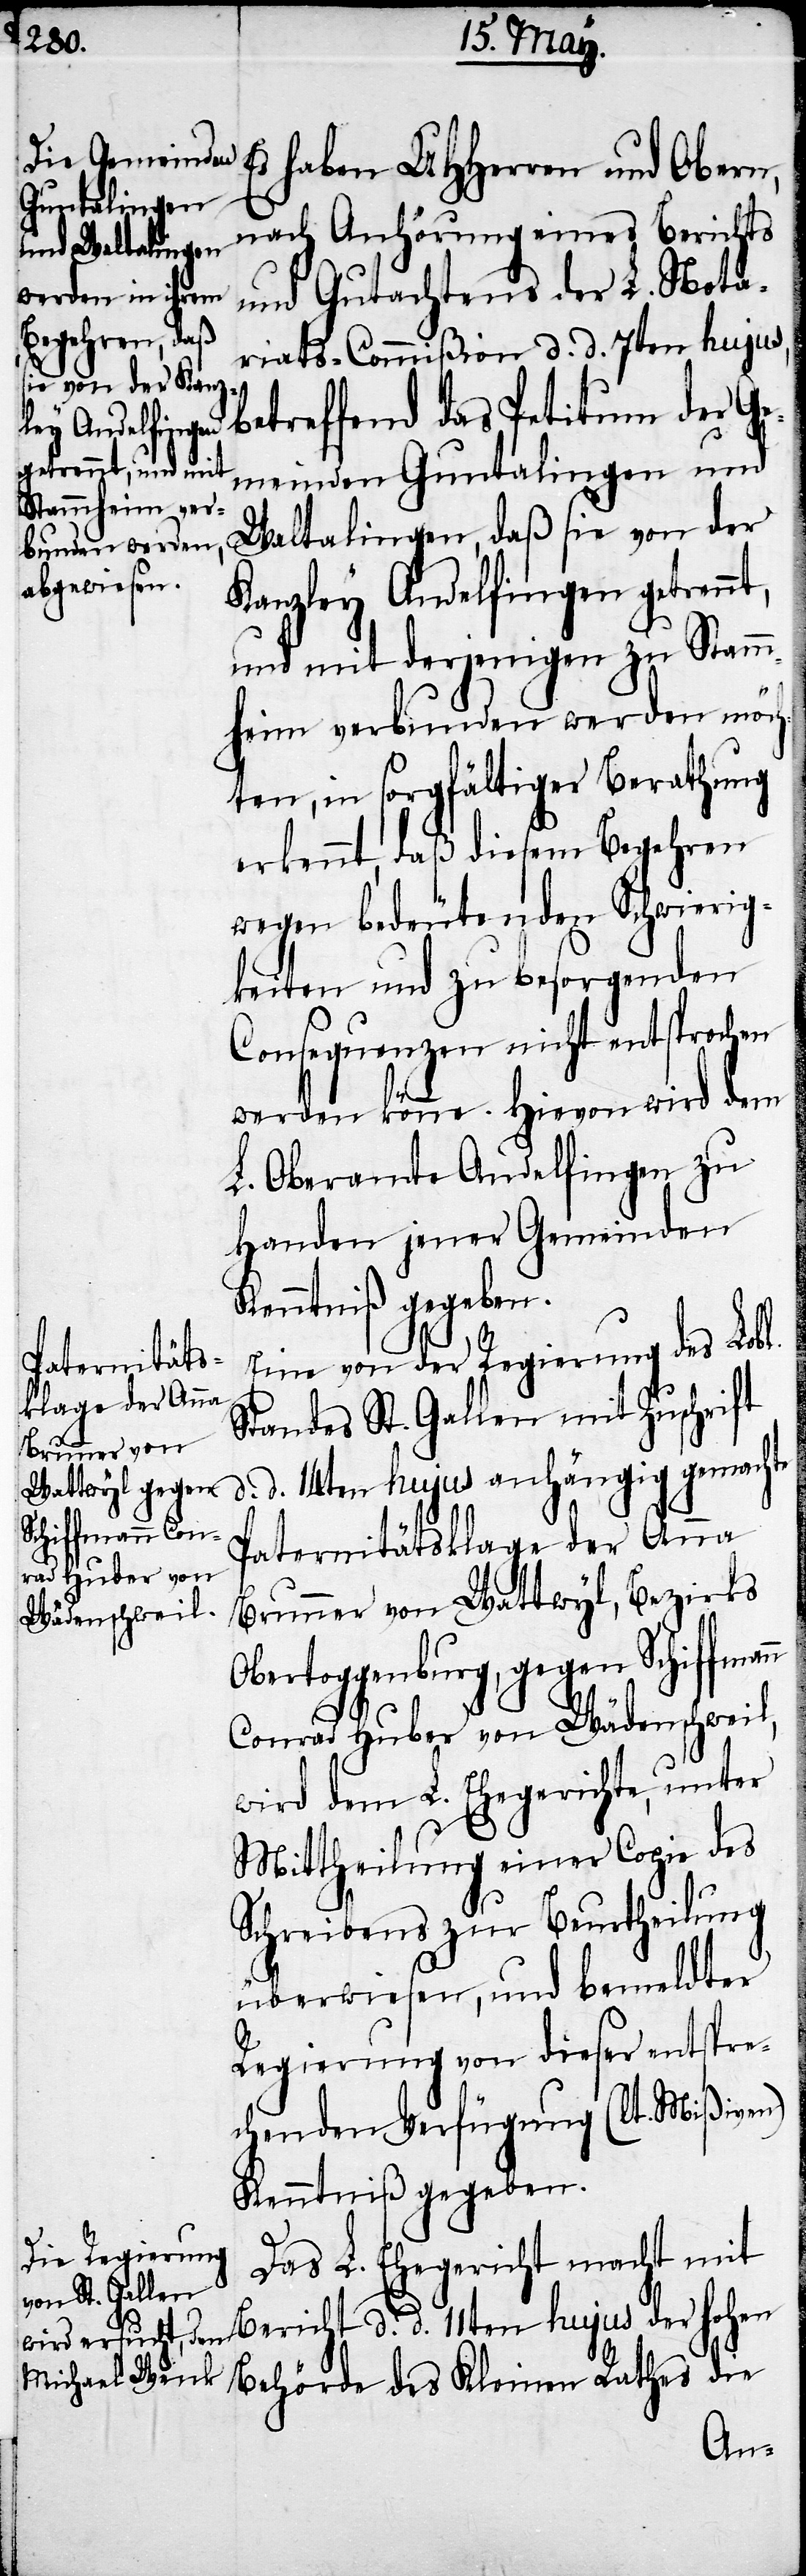
haben UHHerren und Obern,
nach Anhörung eines Berichts
und Gutachtens der L. Nota¬
riats-Commißion d. d. 7ten hujus,
betreffend das Petitum der Ge¬
meinden Guntalingen und
Waltalingen, daß sie von der
Kanzley Andelfingen getrennt,
und mit derjenigen zu Stamm¬
n
heim verbunden werden möch¬
ten, in sorgfältiger Berathung
erkennt, daß diesem Begehren
wegen bedeutenden Schwierig¬
keiten und zu besorgenden
Consequenzen nicht entsprochen
werden könne. Hievon wird dem
L. Oberamte Andelfingen zu
Handen jener Gemeinden
Kenntniß gegeben.
Eine von der Regierung des Lobl.
Paternitäts¬
klage der Anna
Standes St. Gallen mit Zuschrift
d. d. 14ten hujus anhängig gemachte
Brunner von Wattwyl, Bezirks
Obertoggenburg, gegen Schiffman¬
Conrad Huber von Wädenschweil,
wird dem L. Ehegerichte, unter
Mittheilung einer Copie des
Schreibens zur Beurtheilung
überwiesen, und bemeldter
Regierung von dieser entspre¬
chenden Verfügung (lt. Mißiven)
Kenntniß gegeben.
Das L. Ehegericht macht mit
hohen Behörde des Kleinen Rathes die